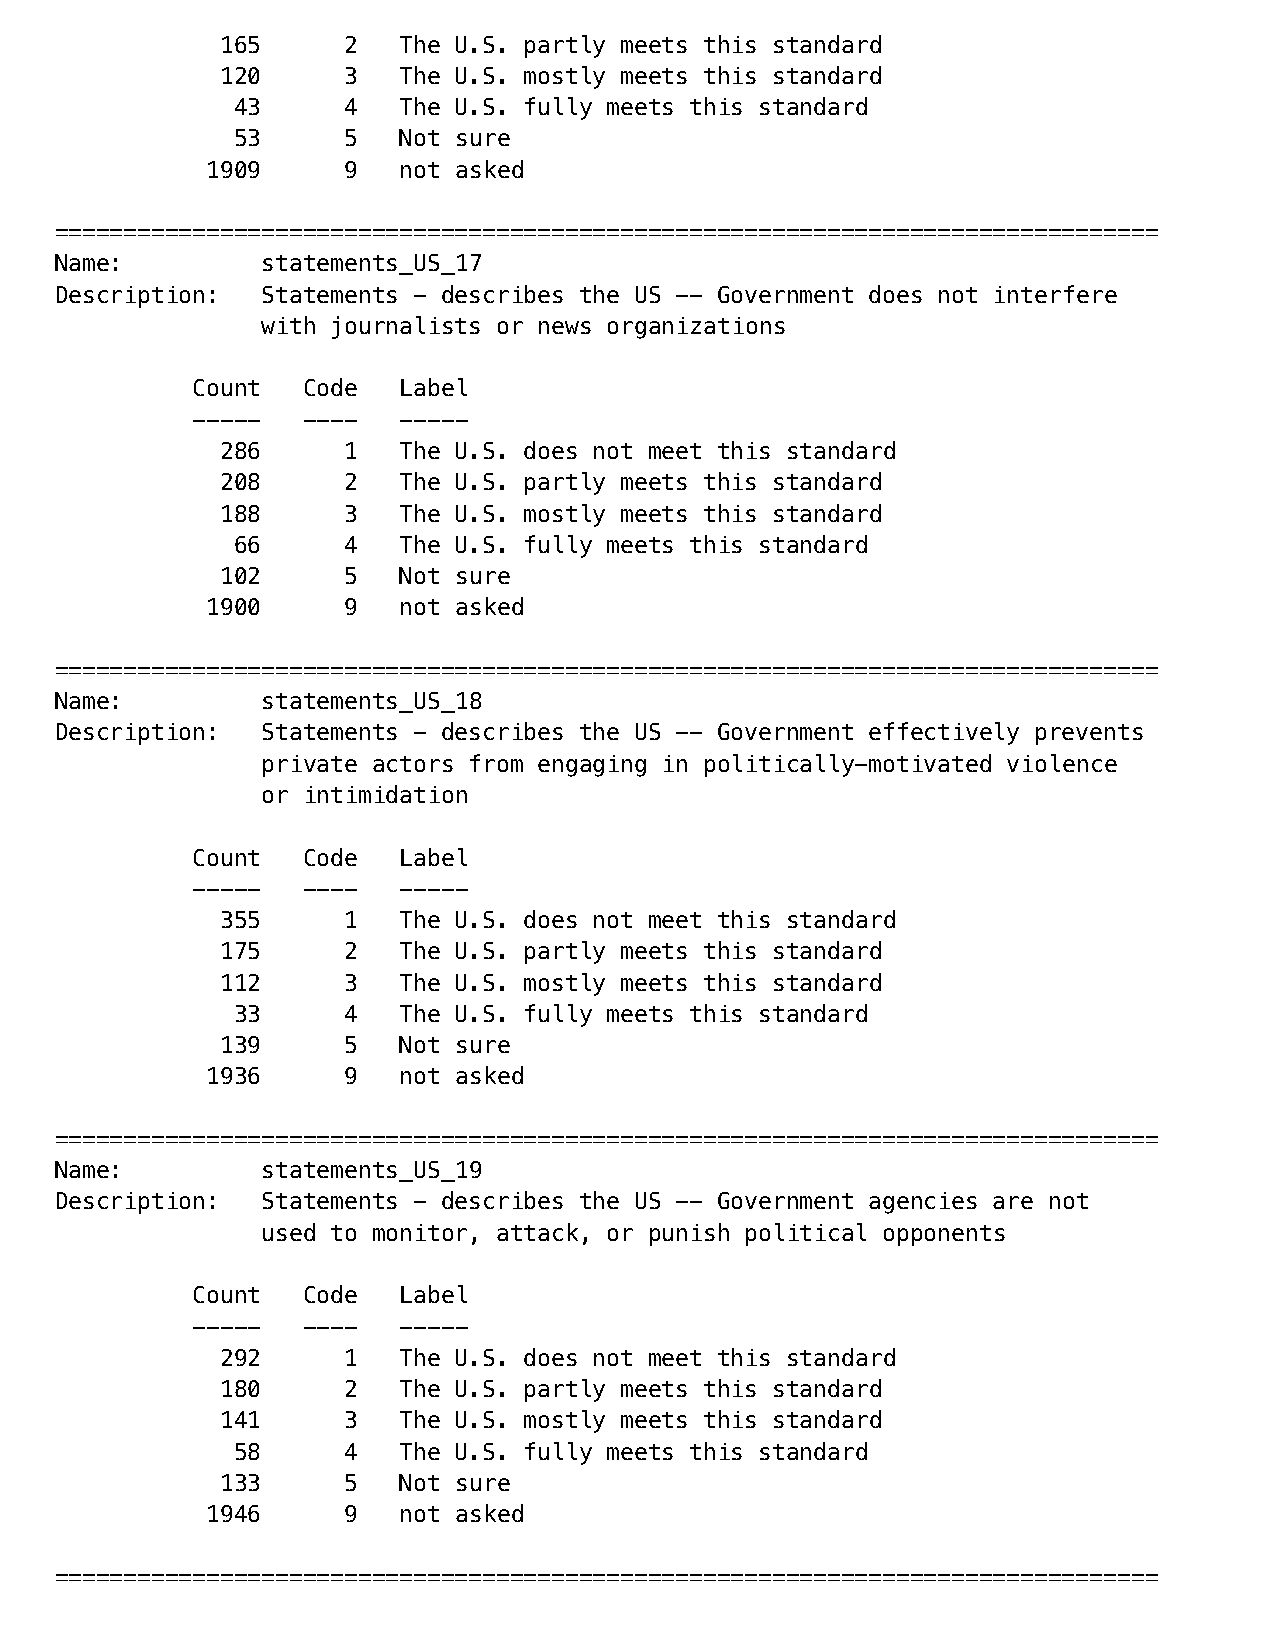
165     2  The U.S. partly meets this standard
 120     3  The U.S. mostly meets this standard
 43     4  The U.S. fully meets this standard
 53     5  Not sure
 1909     9  not asked
 ================================================================================
 Name:        statements_US_17
 Description: Statements - describes the US -- Government does not interfere
 with journalists or news organizations
 Count  Code  Label
 -----  ----  -----
 286     1  The U.S. does not meet this standard
 208     2  The U.S. partly meets this standard
 188     3  The U.S. mostly meets this standard
 66     4  The U.S. fully meets this standard
 102     5  Not sure
 1900     9  not asked
 ================================================================================
 Name:        statements_US_18
 Description: Statements - describes the US -- Government effectively prevents
 private actors from engaging in politically-motivated violence
 or intimidation
 Count  Code  Label
 -----  ----  -----
 355     1  The U.S. does not meet this standard
 175     2  The U.S. partly meets this standard
 112     3  The U.S. mostly meets this standard
 33     4  The U.S. fully meets this standard
 139     5  Not sure
 1936     9  not asked
 ================================================================================
 Name:        statements_US_19
 Description: Statements - describes the US -- Government agencies are not
 used to monitor, attack, or punish political opponents
 Count  Code  Label
 -----  ----  -----
 292     1  The U.S. does not meet this standard
 180     2  The U.S. partly meets this standard
 141     3  The U.S. mostly meets this standard
 58     4  The U.S. fully meets this standard
 133     5  Not sure
 1946     9  not asked
 ================================================================================